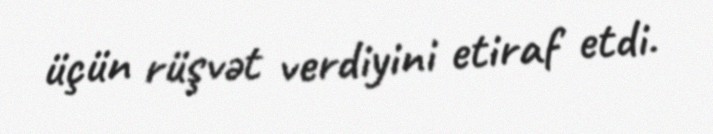
üçün rüşvət verdiyini etiraf etdi.